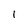
Character: l